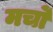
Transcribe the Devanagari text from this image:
मर्चो